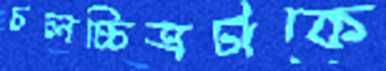
চলচ্চিত্রটাকে